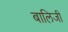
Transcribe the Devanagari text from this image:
बालिजी